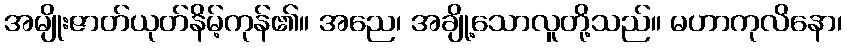
အမျိုးဇာတ်ယုတ်နိမ့်ကုန်၏။ အညေ၊ အချို့သောလူတို့သည်။ မဟာကုလိနော၊